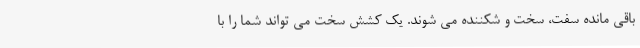
باقی مانده سفت، سخت و شکننده می شوند. یک کشش سخت می تواند شما را با